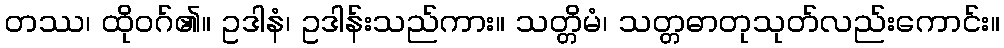
တဿ၊ ထိုဝဂ်၏။ ဥဒါနံ၊ ဥဒါန်းသည်ကား။ သတ္တိမံ၊ သတ္တဓာတုသုတ်လည်းကောင်း။